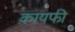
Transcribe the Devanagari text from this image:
कायफी